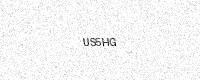
Text: US5HG